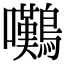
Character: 𫛗